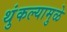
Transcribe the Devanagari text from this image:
थुंकल्यामुळे